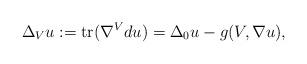
LaTeX: \begin{align*}\Delta_V u:= \mathrm{tr}(\nabla^V du)=\Delta_0u -g({V},\nabla u), \end{align*}